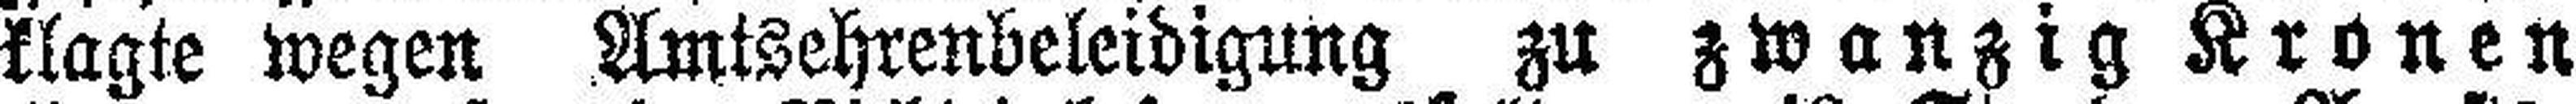
klagte wegen Amtsehrenbeleidigung zu zwanzig Kronen